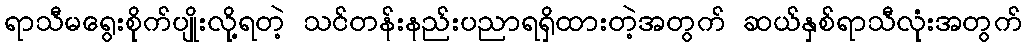
ရာသီမရွေးစိုက်ပျိုးလို့ရတဲ့ သင်တန်းနည်းပညာရရှိထားတဲ့အတွက် ဆယ်နှစ်ရာသီလုံးအတွက်